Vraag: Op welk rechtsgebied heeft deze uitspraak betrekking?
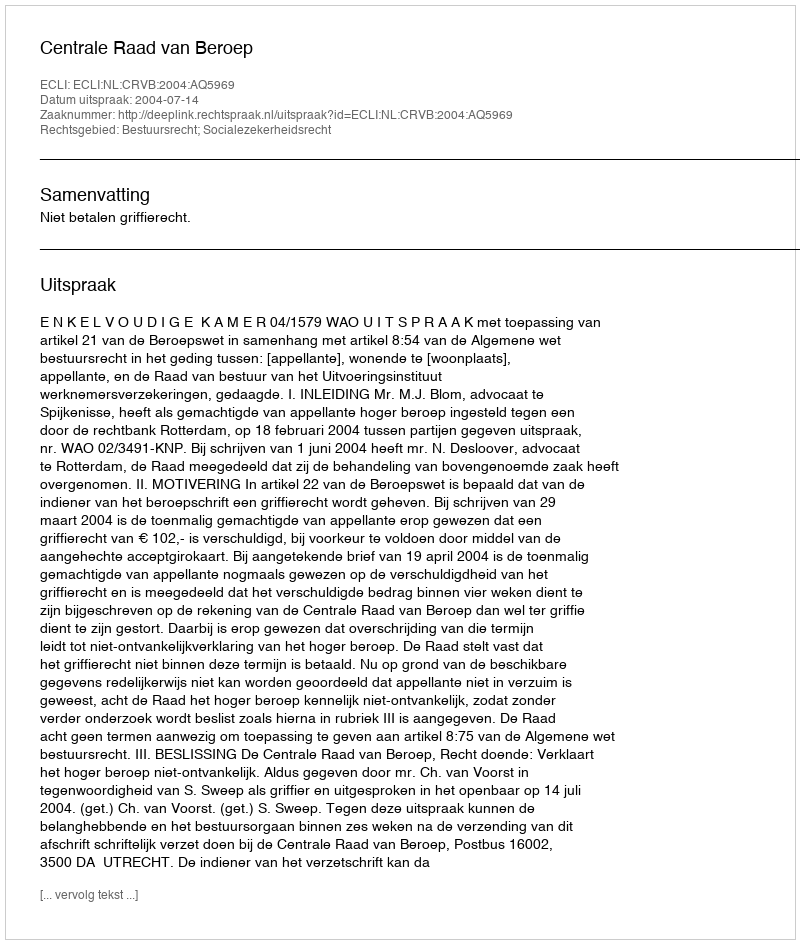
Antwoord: Bestuursrecht; Socialezekerheidsrecht